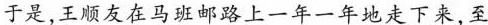
于是，王顺友在马班邮路上一年一年地走下来，至